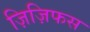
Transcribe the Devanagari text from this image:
ज़िज़िफस